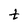
Character: t